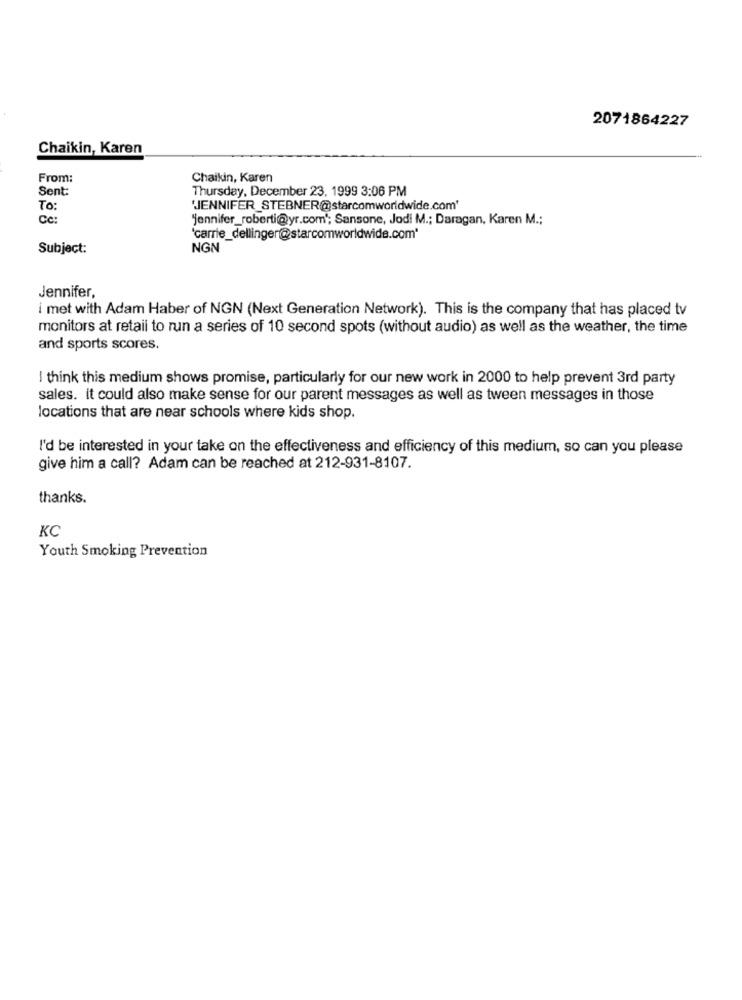
2071864227
Chaikin, Karen
From:
Chaikin, Karen
Sent:
Thursday, December 23, 1999 3:06 PM
To:
'JENNIFER_STEBNER@starcomworldwide.com'
Cc:
"jennifer_roberti@yr.com'; Sansone, Jodi M .; Daragan, Karen M .;
'carrie_dellinger@starcomworldwide.com'
Subject:
NGN
Jennifer,
i met with Adam Haber of NGN (Next Generation Network). This is the company that has placed tv
monitors at retail to run a series of 10 second spots (without audio) as well as the weather, the time
and sports scores.
I think this medium shows promise, particularly for our new work in 2000 to help prevent 3rd party
sales. it could also make sense for our parent messages as well as tween messages in those
locations that are near schools where kids shop.
I'd be interested in your take on the effectiveness and efficiency of this medium, so can you please
give him a call? Adam can be reached at 212-931-8107.
thanks.
KC
Youth Smoking Prevention